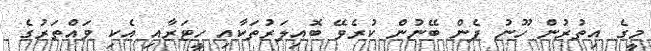
މީގެ އިތުރުން ހޫނު ފެން ބޭނުން ކުރެވޭ ބޮއިލަރުތަކާއި ހީޓަރާއި އެކި ވައްތަރުގެ